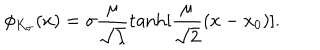
LaTeX: \phi _ { K _ { \sigma } } ( x ) = \sigma \frac { \mu } { \sqrt { \lambda } } \tanh [ \frac { \mu } { \sqrt { 2 } } ( x - x _ { 0 } ) ] .